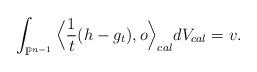
LaTeX: \begin{align*}\int_{\mathbb{P}^{n-1}}\Big \langle\frac{1}{t}(h-g_{t}),o\Big \rangle_{cal}dV_{cal}=v.\end{align*}